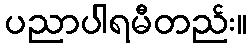
ပညာပါရမီတည်း။